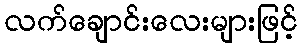
လက်ချောင်းလေးများဖြင့်